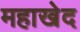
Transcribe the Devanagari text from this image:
महाखेद